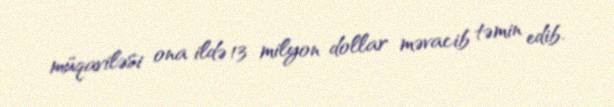
müqaviləsi ona ildə 13 milyon dollar məvacib təmin edib.